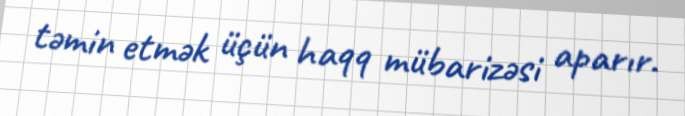
təmin etmək üçün haqq mübarizəsi aparır.